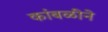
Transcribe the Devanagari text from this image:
कांबळीने